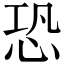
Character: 恐